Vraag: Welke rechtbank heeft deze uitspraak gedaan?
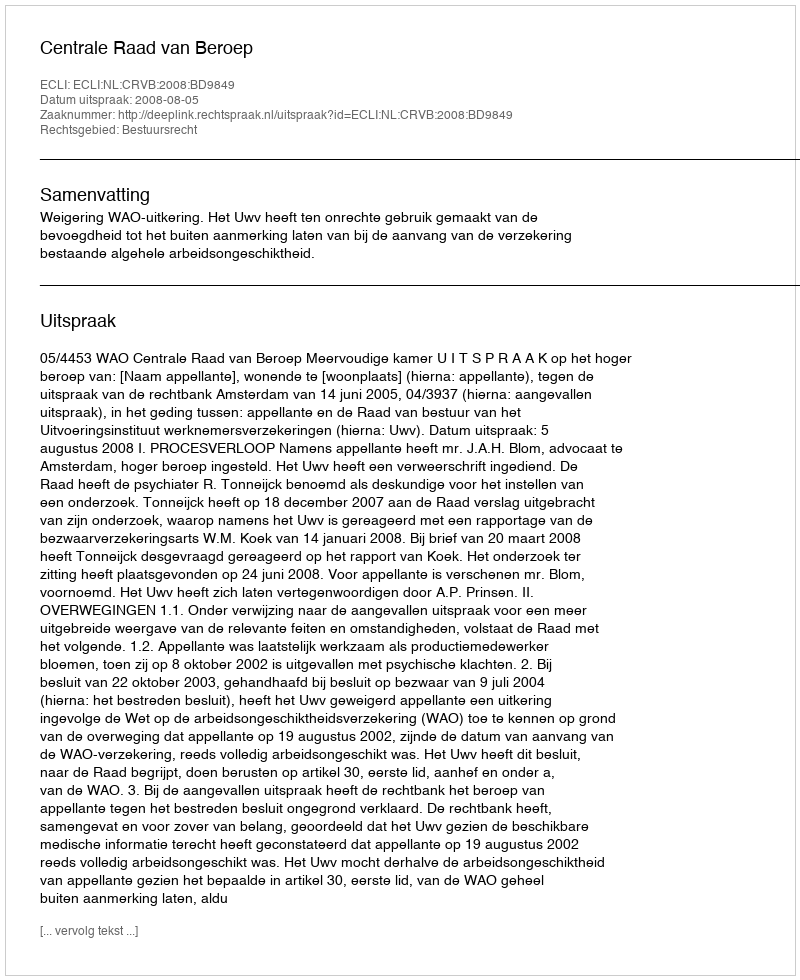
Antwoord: Centrale Raad van Beroep